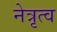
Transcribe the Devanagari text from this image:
नेत्रृत्व